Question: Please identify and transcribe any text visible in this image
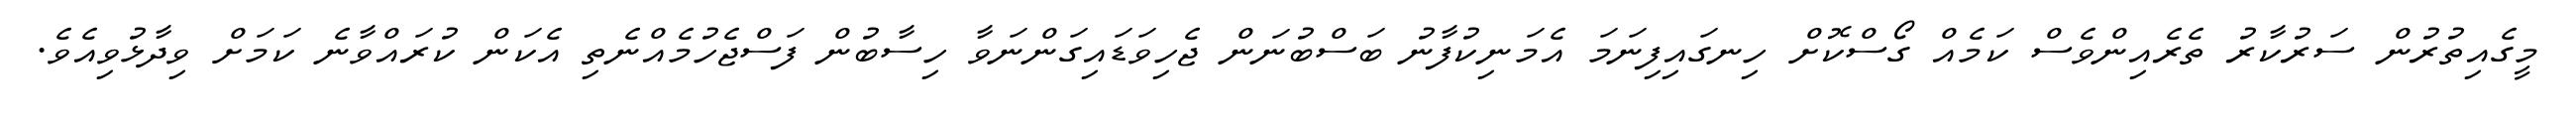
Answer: މީގެއިތުރުން ސަރުކާރު ތެރެއިންވެސް ކަމެއް ގޯސްކޮށް ހިނގައިފިނަމަ އެމަނިކުފާނު ބަސްބުނަން ޖެހިވަޑައިގަންނަވާ ހިސާބުން ފަސްޖެހުމެއްނެތި އެކަން ކުރައްވާނެ ކަމަށް ވިދާޅުވިއެވެ.